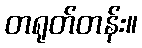
တရုတ်တန်း။